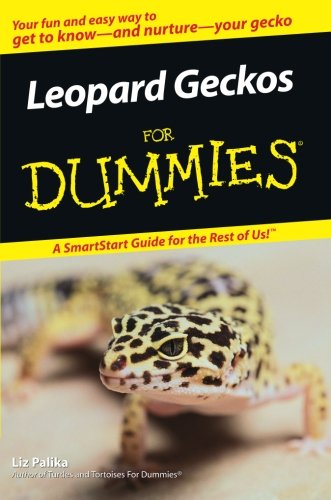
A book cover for Leopard Geckos For Dummies; Liz Palika; Crafts, Hobbies & Home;